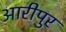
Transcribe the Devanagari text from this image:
आरीपुर